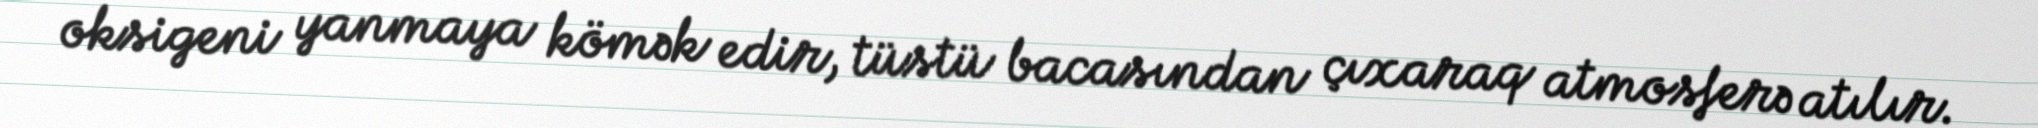
oksigeni yanmaya kömək edir, tüstü bacasından çıxaraq atmosferə atılır.